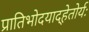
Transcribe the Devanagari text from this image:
प्रातिभोदयाद्हेतोर्यः